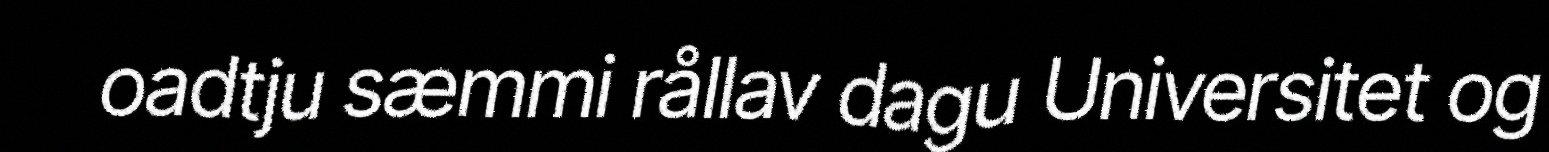
oadtju sæmmi rållav dagu Universitet og